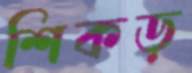
শিকড়